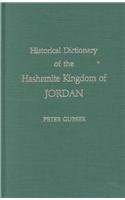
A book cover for Historical Dictionary of the Hashemite Kingdom of Jordan; Peter Gubser; History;